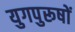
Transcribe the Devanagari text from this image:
युगपुरूषों